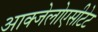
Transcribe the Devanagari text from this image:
आक्जेलोएसीटेट